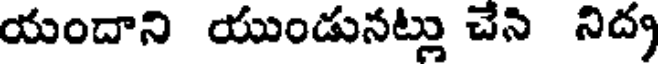
యందాని యుండునట్లు చేన నిద్య